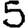
Digit: 5